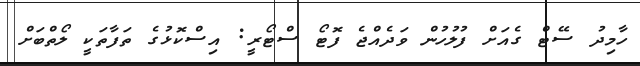
ހާމިދު ސޭޓް ގެއަށް ފުލުހުން ވަދެއްޖެ ފޮޓޯ ސްޓޯރީ: އިސްކޮޅުގެ ތަފާތަކީ ލޯތްބަށް